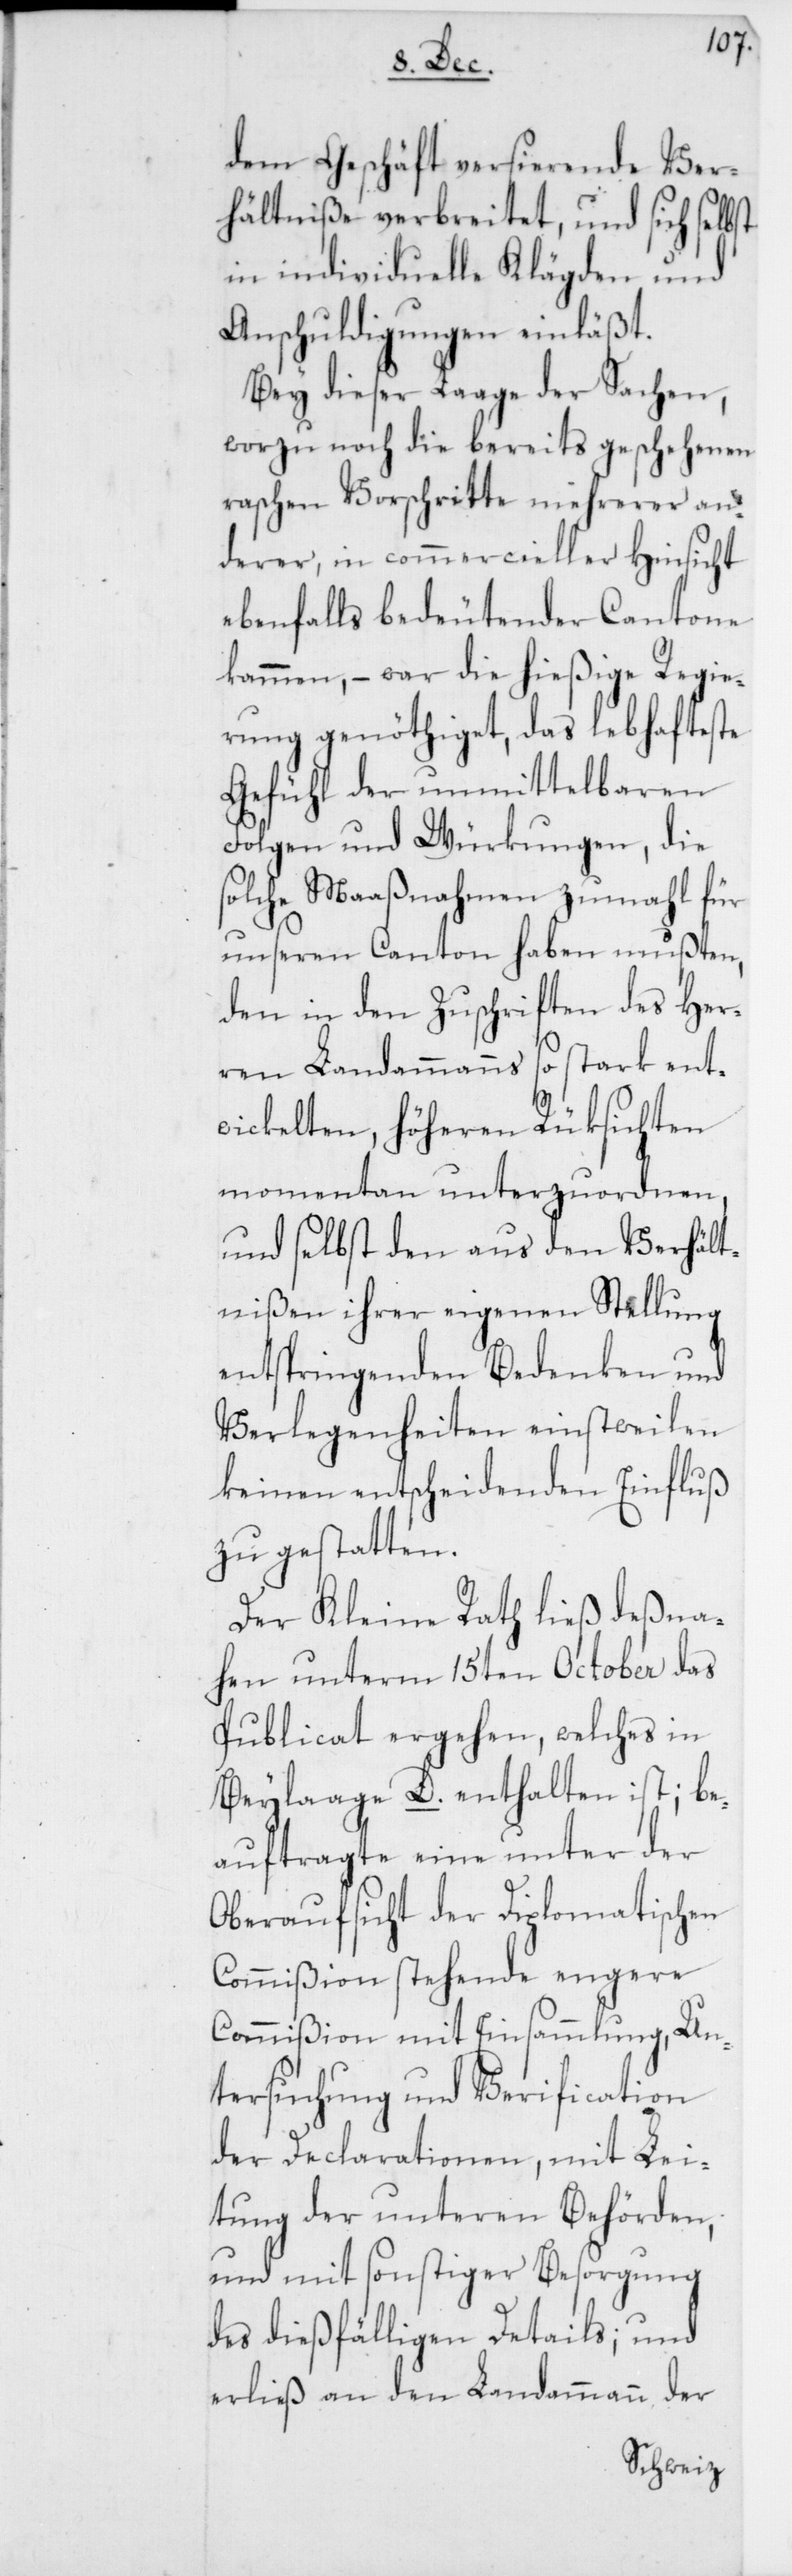
dem Geschäft versierende Ver¬
hältniße verbreitet, und sich selbst
in individuelle Klägden und
Anschuldigungen einläßt.
Bey dieser Laage der Sachen,
worzu noch die bereits geschehenen
raschen Vorschritte mehrerer an¬
derer, in commercieller Hinsicht
ebenfalls bedeutender Cantone
kammen, – war die hießige Regie¬
rung genöthiget, das lebhafteste
Gefühl der unmittelbaren
Folgen und Würkungen, die
solche Maaßnahmen zumahl für
unseren Canton haben mußten,
den in den Zuschriften des Her¬
ren Landammanns so stark ent¬
wickelten, höheren Rüksichten
momentan unterzuordnen,
und selbst den aus den Verhält¬
nißen ihrer eigenen Stellung
entspringenden Bedenken und
Verlegenheiten einstweilen
keinen entscheidenden Einfluß
zu gestatten.
Der Kleine Rath ließ deßna¬
hen unterm 15ten October das
Publicat ergehen, welches in
Beylaage D. enthalten ist; be¬
auftragte eine unter der
Oberaufsicht der Diplomatischen
Commißion stehende engere
Commißion mit Einsammlung, Un¬
tersuchung und Verification
der Declarationen, mit Lei¬
tung der unteren Behörden,
und mit sonstiger Besorgung
des dießfälligen Details; und
erließ an den Landammann der